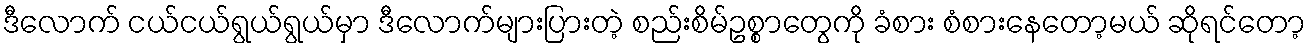
ဒီလောက် ငယ်ငယ်ရွယ်ရွယ်မှာ ဒီလောက်များပြားတဲ့ စည်းစိမ်ဥစ္စာတွေကို ခံစား စံစားနေတော့မယ် ဆိုရင်တော့